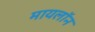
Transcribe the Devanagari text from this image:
मायलॉन